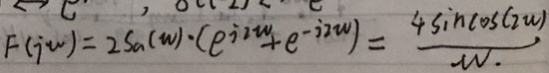
F ( i \cdot w ) = 2 S a ( w ) \cdot ( e ^ { i 2 w } + e ^ { - i 2 w } ) = \frac { 4 \sin \cos ( 2 w ) } { - w . }